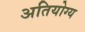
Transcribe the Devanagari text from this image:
अतियोग्य